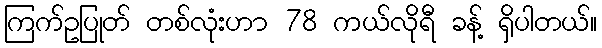
ကြက်ဥပြုတ် တစ်လုံးဟာ 78 ကယ်လိုရီ ခန့် ရှိပါတယ်။